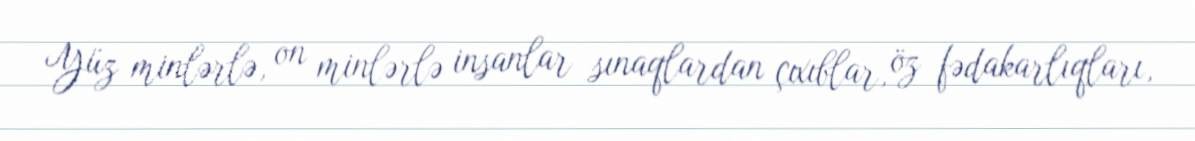
Yüz minlərlə, on minlərlə insanlar sınaqlardan çıxıblar, öz fədakarlıqları,